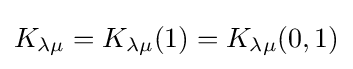
K_{\lambda \mu }=K_{\lambda \mu }(1)=K_{\lambda \mu }(0,1)